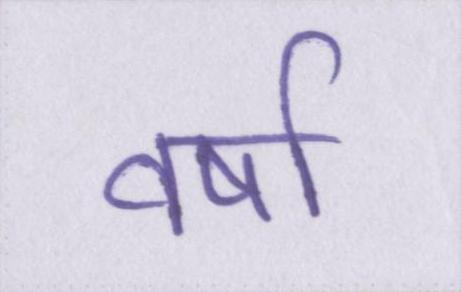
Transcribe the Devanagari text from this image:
वर्ष